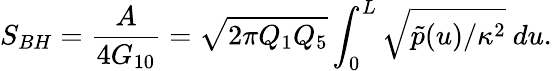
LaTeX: S_{BH}={\frac{A}{4G_{10}}}=\sqrt{2\pi Q_{1}Q_{5}}\int_{0}^{L}\sqrt{\tilde{p}(u)/\kappa^{2}}\ du.